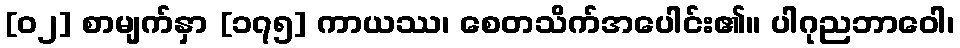
[၀၂] စာမျက်နှာ [၁၇၅] ကာယဿ၊ စေတသိက်အပေါင်း၏။ ပါဂုညဘာဝေါ၊